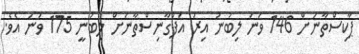
ޕާކިސްތާނަށް 146 ވަނަ ލިބުނު އިރު އަފްގާނިސްތާނަށް ލިބުނީ 175 ވަނަ އެވެ.